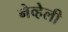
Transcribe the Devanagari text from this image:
नेव्हेली